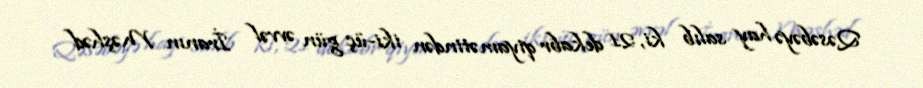
Qəsəbəyə hay salıb ki, 21 dekabr qiyamətindən iki-üç gün əvvəl İranın Məşhəd